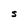
Character: S